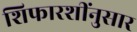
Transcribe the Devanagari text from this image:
शिफारशींनुसार